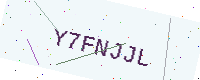
Text: Y7FNJJL